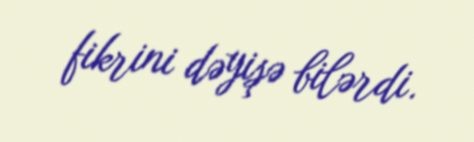
fikrini dəyişə bilərdi.